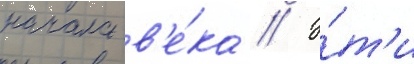
начала в'е́ка // Э́т'и